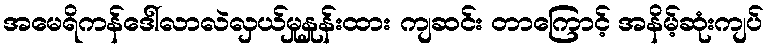
အမေရိကန်ဒေါ်လာလဲလှယ်မှုနှုန်းထား ကျဆင်း တာကြောင့် အနိမ့်ဆုံးကျပ်